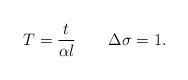
LaTeX: \begin{align*}T=\frac{t}{\alpha l} \quad \quad \Delta\sigma=1 .\end{align*}